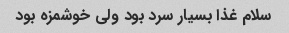
سلام غذا بسیار سرد بود ولی خوشمزه بود